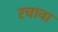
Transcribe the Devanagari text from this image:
रचावा